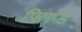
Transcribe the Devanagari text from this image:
फ्लिप्ड